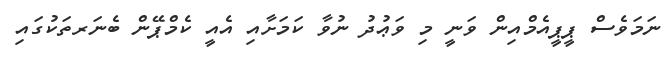
ނަމަވެސް ޕީޕީއެމްއިން ވަނީ މި ވަޢުދު ނުވާ ކަމަށާއި އެއީ ކެމްޕޭން ބެނަރތަކުގައި